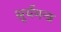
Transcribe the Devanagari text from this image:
सूर्यमन्त्र